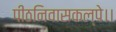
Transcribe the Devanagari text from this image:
पीठनिवासकल्पे।।